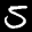
Label: 5